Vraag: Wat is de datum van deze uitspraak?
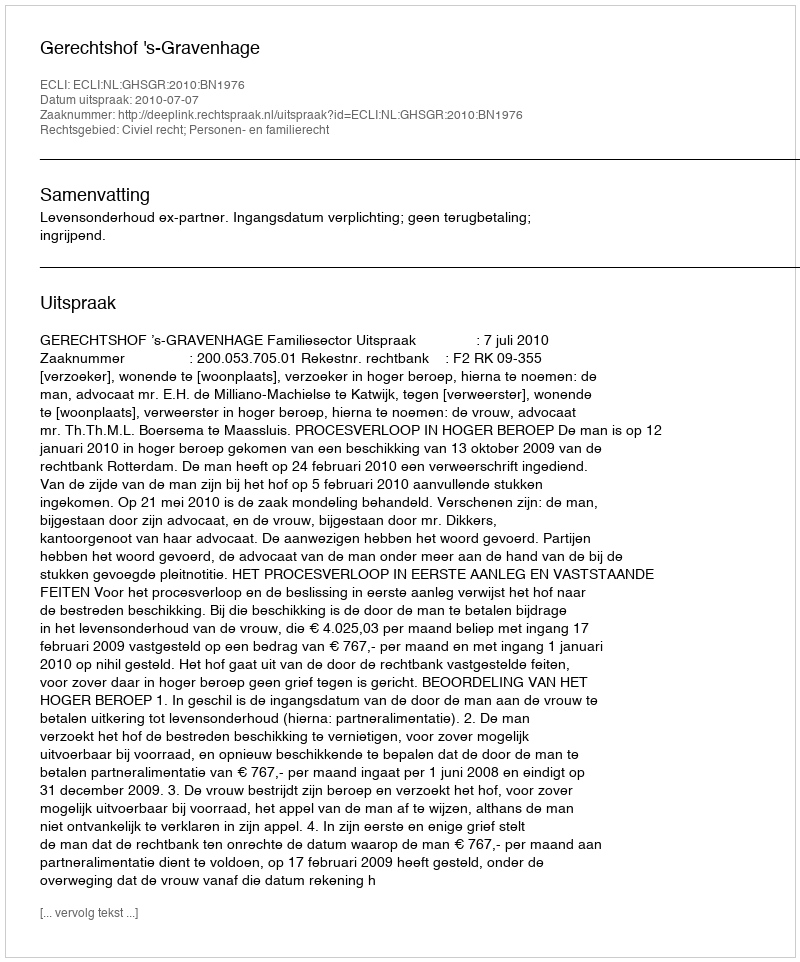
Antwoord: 2010-07-07